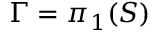
\Gamma = \pi _ { 1 } ( S )